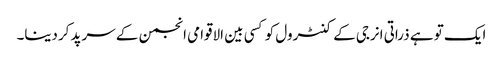
ایک تو ہے ذراتی انرجی کے کنٹرول کو کسی بین الاقوامی انجمن کے سرپد کردینا۔